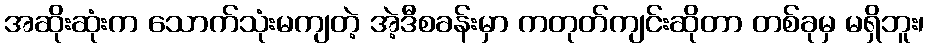
အဆိုးဆုံးက သောက်သုံးမကျတဲ့ အဲ့ဒီစခန်းမှာ ကတုတ်ကျင်းဆိုတာ တစ်ခုမှ မရှိဘူး၊